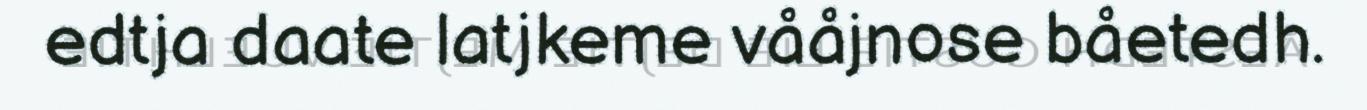
edtja daate latjkeme vååjnose båetedh.